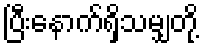
ပြီးနောက်ရှိသမျှတို့